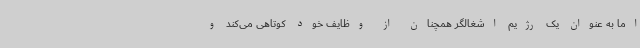
اما به عنوان یک رژیم اشغالگر همچنان از وظایف خود کوتاهی می‌کند و